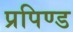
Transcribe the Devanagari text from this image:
प्रपिण्ड